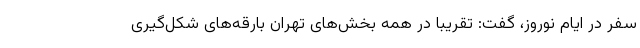
سفر در ایام نوروز، گفت: تقریبا در همه بخش‌های تهران بارقه‌های شکل‌گیری